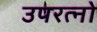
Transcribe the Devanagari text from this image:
उपरत्नो